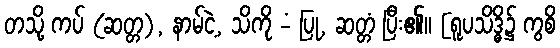
တသို့ ကပ် (ဆတ္တ), နာမ်ငဲ့, သိကို -ံ ပြု, ဆတ္တံ ပြီး၏။ [ရူပသိဒ္ဓိ၌ ကွစိ